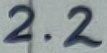
Text: 2.2